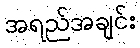
အရည်အချင်း